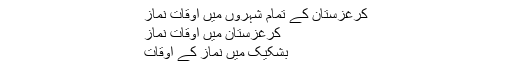
کرغزستان کے تمام شہروں میں اوقات نماز
کرغزستان میں اوقات نماز
بشکیک میں نماز کے اوقات